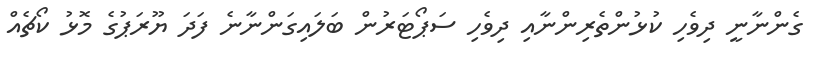
ގެންނާނީ ދިވެހި ކުޅުންތެރިންނާއި ދިވެހި ސަޕޯޓަރުން ބަލައިގަންނާނެ ފަދަ ޔޫރަޕުގެ މޮޅު ކޯޗެއް